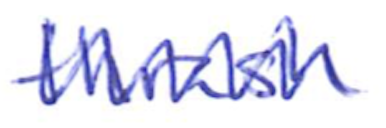
Text: thrash
Cross-out: zig-zag
Writing tool: ballpoint